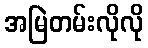
အမြဲတမ်းလိုလို